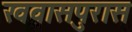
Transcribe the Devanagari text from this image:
खवासपुरास